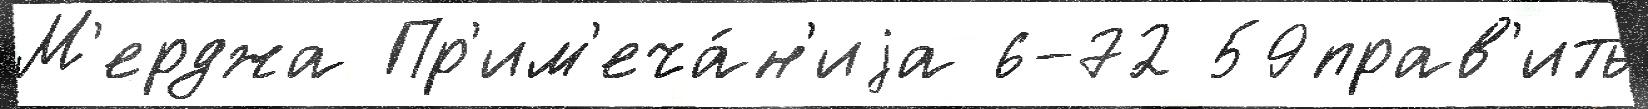
М'ерджа Пр'им'еча́н'иjа 6-72 59прав'ить